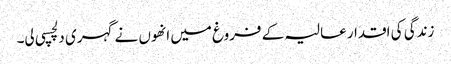
زندگی کی اقدار عالیہ کے فروغ میں انھوں نے گہری دلچسپی لی۔